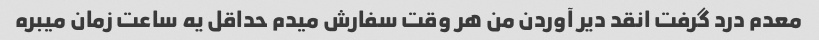
معدم درد گرفت انقد دیر آوردن من هر وقت سفارش میدم حداقل یه ساعت زمان میبره